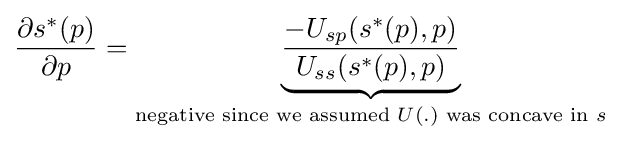
{\frac {\partial s^{\ast }(p)}{\partial p}}={\underset {{\text{negative since we assumed }}U(.){\text{ was concave in }}s}{\underbrace {\frac {-U_{sp}(s^{\ast }(p),p)}{U_{ss}(s^{\ast }(p),p)}} }}